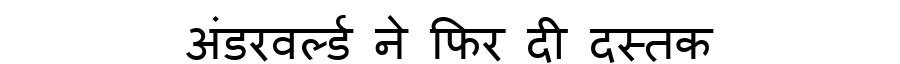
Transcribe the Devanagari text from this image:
अंडरवर्ल्ड ने फिर दी दस्तक